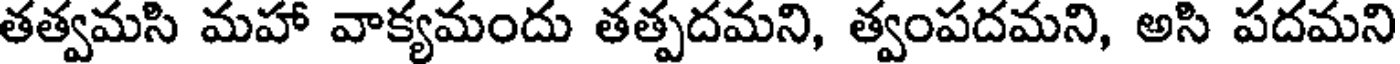
తత్వమసి మహా వాక్యమందు తత్పదమని, త్వంపదమని, అసి పదమని